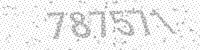
Solution: 787571